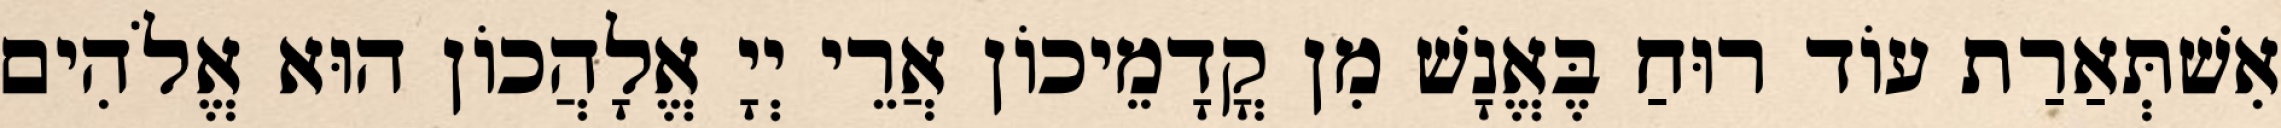
אִשׁתְּאַרַת עוֹד רוּחַ בֶּאֱנָשׁ מִן קֳדָמֵיכוֹן אֲרֵי יְיָ אֱלָהֲכוֹן הוּא אֱלֹהִים